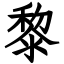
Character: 黎